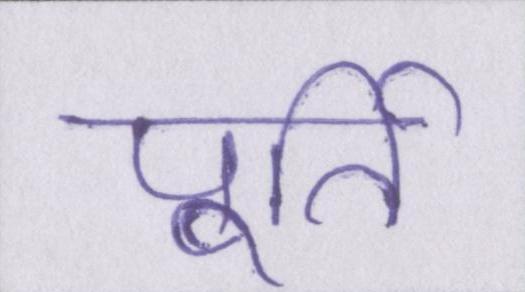
पूर्ति